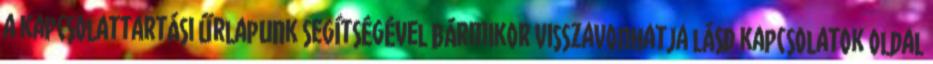
a kapcsolattartási űrlapunk segítségével bármikor visszavonhatja lásd kapcsolatok oldal